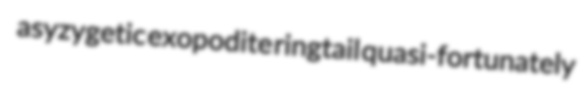
asyzygetic exopodite ringtail quasi-fortunately